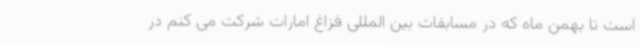
است تا بهمن ماه که در مسابقات بین المللی فزاغ امارات شرکت می کنم در